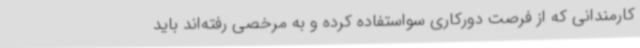
کارمندانی که از فرصت دورکاری سواستفاده کرده و به مرخصی رفته‌اند باید